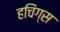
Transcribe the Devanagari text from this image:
हचिंग्स